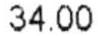
34.00